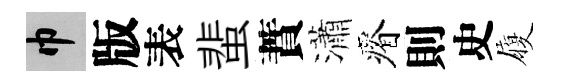
巾版表蜚蕡瀟瘠則史履